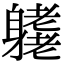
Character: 𨊁